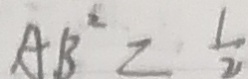
A B ^ { 2 } = \frac { 1 } { 2 }